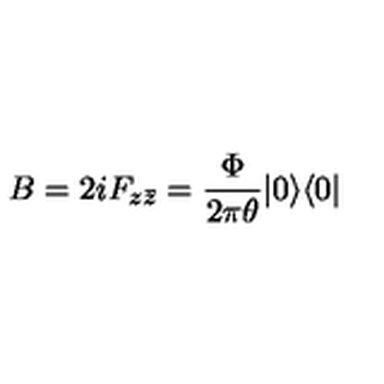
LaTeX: B = 2 i F _ { z \bar { z } } = \frac { \Phi } { 2 \pi \theta } | 0 \rangle \langle 0 |